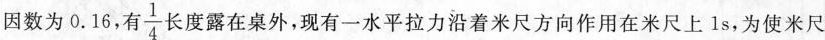
因数为0.16，有\frac{1}{4}长度露在桌外，现有一水平拉力沿着米尺方向作用在米尺上1s，为使米尺